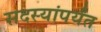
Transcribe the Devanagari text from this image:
सदस्यांपर्यंत